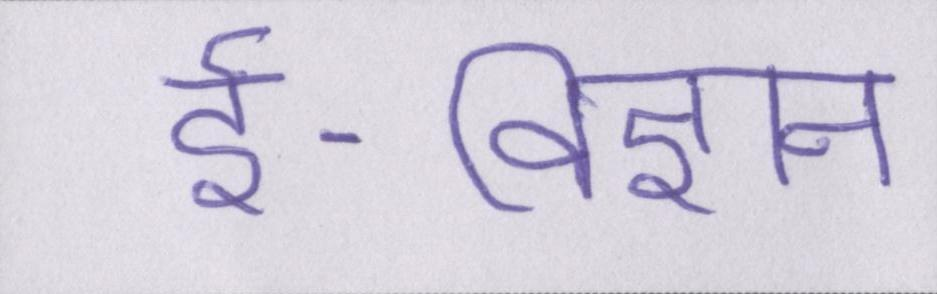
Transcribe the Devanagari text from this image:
ई-विज्ञान